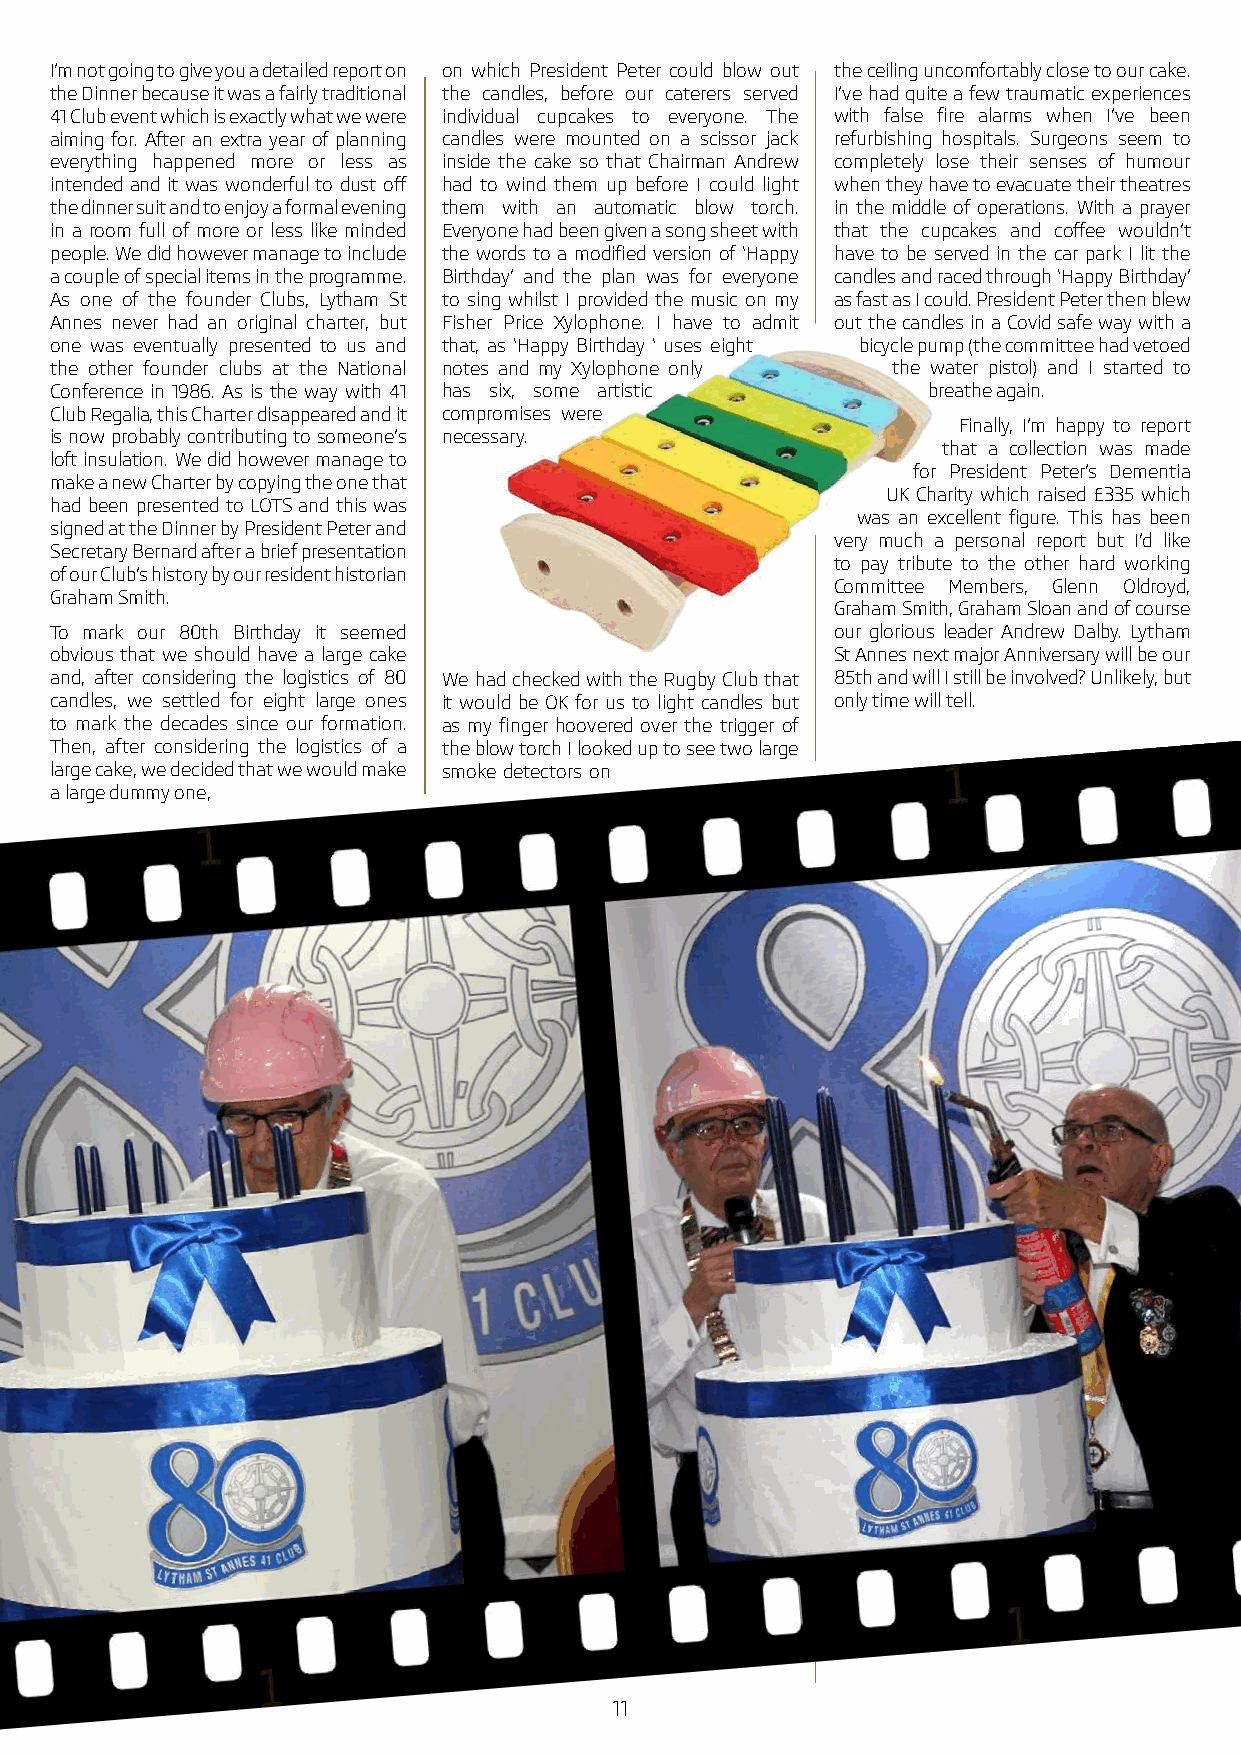
I’m not going to give you a detailed report on on which President Peter could blow out the ceiling uncomfortably close to our cake.
 the Dinner because it was a fairly traditional the candles, before our caterers served I’ve had quite a few traumatic experiences
 41 Club event which is exactly what we were individual cupcakes to everyone. The with false fire alarms when I’ve been
 aiming for. After an extra year of planning candles were mounted on a scissor jack refurbishing hospitals. Surgeons seem to
 everything happened more or less as inside the cake so that Chairman Andrew completely lose their senses of humour
 intended and it was wonderful to dust off had to wind them up before I could light when they have to evacuate their theatres
 the dinner suit and to enjoy a formal evening them with an automatic blow torch. in the middle of operations. With a prayer
 in a room full of more or less like minded Everyone had been given a song sheet with that the cupcakes and coffee wouldn’t
 people. We did however manage to include the words to a modified version of ‘Happy have to be served in the car park I lit the
 a couple of special items in the programme. Birthday’ and the plan was for everyone candles and raced through ‘Happy Birthday’
 As one of the founder Clubs, Lytham St to sing whilst I provided the music on my as fast as I could. President Peter then blew
 Annes never had an original charter, but Fisher Price Xylophone. I have to admit out the candles in a Covid safe way with a
 one was eventually presented to us and that, as ‘Happy Birthday ‘ uses eight bicycle pump (the committee had vetoed
 the other founder clubs at the National notes and my Xylophone only the water pistol) and I started to
 Conference in 1986. As is the way with 41 has six, some artistic breathe again.
 Club Regalia, this Charter disappeared and it compromises were
 Finally, I’m happy to report
 is now probably contributing to someone’s necessary.
 that a collection was made
 loft insulation. We did however manage to
 for President Peter’s Dementia
 make a new Charter by copying the one that
 UK Charity which raised £335 which
 had been presented to LOTS and this was
 was an excellent figure. This has been
 signed at the Dinner by President Peter and
 very much a personal report but I’d like
 Secretary Bernard after a brief presentation
 to pay tribute to the other hard working
 of our Club’s history by our resident historian
 Committee Members, Glenn Oldroyd,
 Graham Smith.
 Graham Smith, Graham Sloan and of course
 To mark our 80th Birthday it seemed                 our glorious leader Andrew Dalby. Lytham
 obvious that we should have a large cake            St Annes next major Anniversary will be our
 and, after considering the logistics of 80 We had checked with the Rugby Club that 85th and will I still be involved? Unlikely, but
 candles, we settled for eight large ones it would be OK for us to light candles but only time will tell.
 to mark the decades since our formation. as my finger hoovered over the trigger of
 Then, after considering the logistics of a the blow torch I looked up to see two large
 large cake, we decided that we would make smoke detectors on
 a large dummy one,
 11